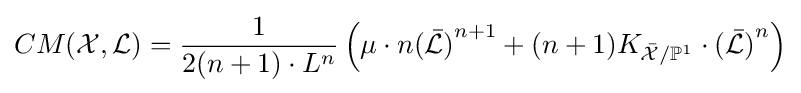
CM({\mathcal {X}},{\mathcal {L}})={\frac {1}{2(n+1)\cdot L^{n}}}\left(\mu \cdot n{({\bar {\mathcal {L}}})}^{n+1}+(n+1){K}_{{\bar {\mathcal {X}}}/{\mathbb {P} }^{1}}\cdot {({\bar {\mathcal {L}}})}^{n}\right)